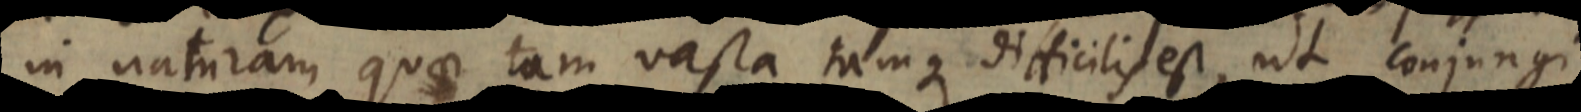
in naturam, quae tam vasta tamque difficilis est, ut conjungi